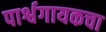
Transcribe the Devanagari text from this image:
पार्श्वगायकचा